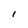
Character: I